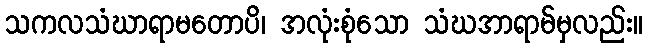
သကလသံဃာရာမတောပိ၊ အလုံးစုံသော သံဃအာရာမ်မှလည်း။